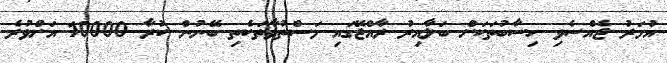
އުމަރު ޖެއްސެވި ހިސާބުތަކަށް ބަލާއިރު ރާއްޖޭގައި މަސްތުވާތަކެތި ބޭނުން ކުރާ 10000 އަށްވުރެ